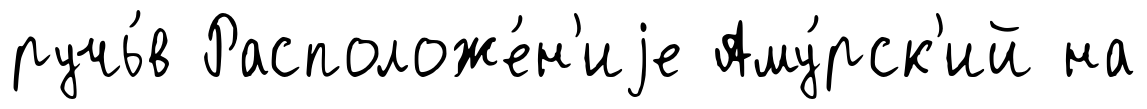
ручь́в Расположе́н'иjе Аму́рск'ий на